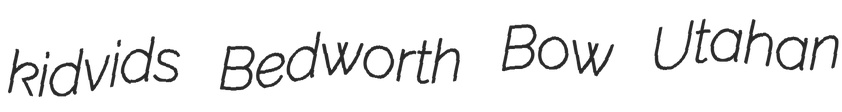
kidvids Bedworth Bow Utahan